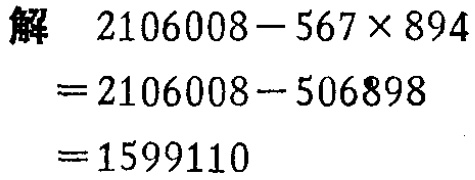
\[
\begin{align*}
&解\quad2106008 - 567\times894\\
=&2106008 - 506898\\
=&1599110
\end{align*}
\]